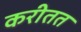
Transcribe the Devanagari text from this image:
करीतत